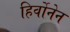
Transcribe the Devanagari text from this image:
हिर्वोनेन